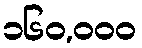
၁၆၀,၀၀၀